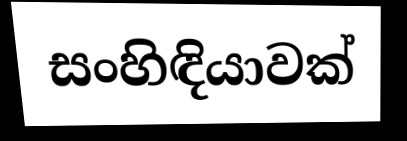
සංහිඳියාවක්